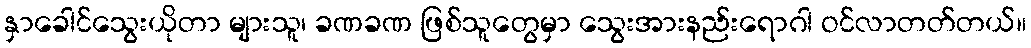
နှာခေါင်သွေးယိုတာ များသူ၊ ခဏခဏ ဖြစ်သူတွေမှာ သွေးအားနည်းရောဂါ ဝင်လာတတ်တယ်။